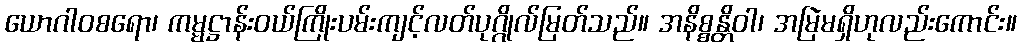
ယောဂါဝစရော၊ ကမ္မဋ္ဌာန်းဝယ်ကြိုးပမ်းကျင့်လတ်ပုဂ္ဂိုလ်မြတ်သည်။ အနိစ္စန္တိဝါ၊ အမြဲမရှိဟုလည်းကောင်း။